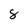
Character: 8